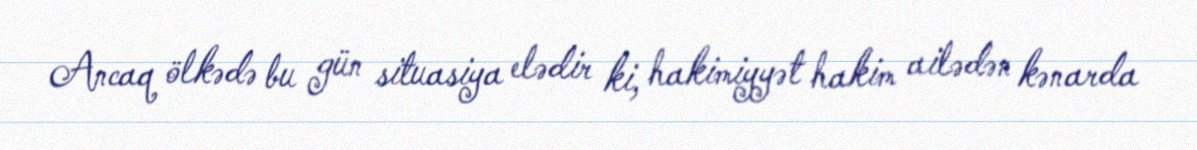
Ancaq ölkədə bu gün situasiya elədir ki, hakimiyyət hakim ailədən kənarda